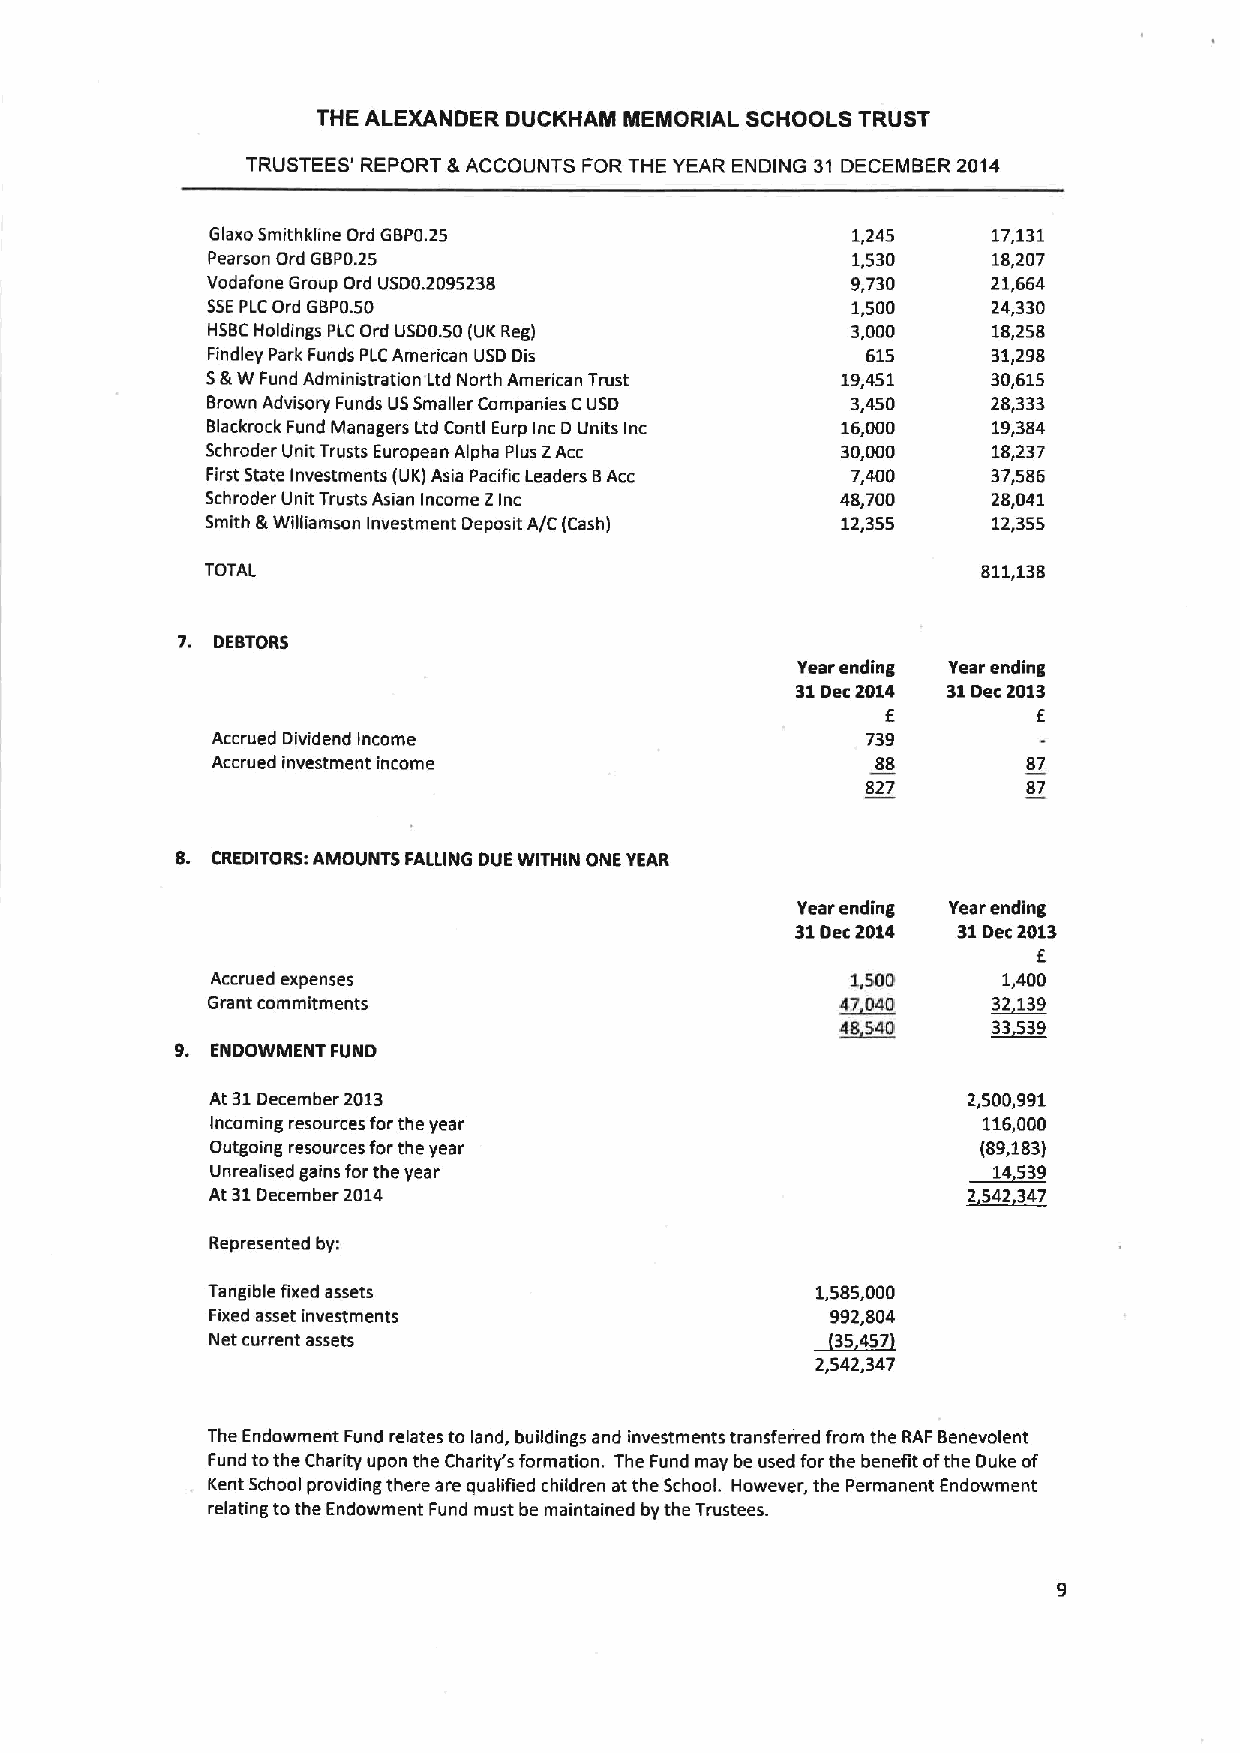
THE ALEXANDER DUCKHAM MEMORIAL SCHOOLS TRUST
 TRUSTEES' REPORT &ACCOUNTS FOR THE YEAR ENDING 31 DECEMBER 2014
 Glaxo Smithkiine Ord GBP0.25              1,245     17,131
 Pearson Ord GBP0.25                       1,530     18,207
 Vodafone Group Ord USD0.2095238           9,730     21,664
 SSEPLCOrd GBP0.50                         1,500     24,330
 HSBCHoldings PLC Ord USD0.50(UKReg)       3,000     18,258
 Findley Park Funds PLCAmerican USD Dis     615      31,298
 S&W Fund Administration Ltd North American Trust 19,451 30,615
 Brown Advisory Funds USSmaller Companies CUSD 3,450 28,333
 Blackrock Fund Managers Ltd Conti Eurp inc D Units inc 16,000 19,384
 Schroder Unit Trusts European Alpha Plus ZAcc 30,000 18,237
 First State Investments (UK) Asia Pacific Leaders 8Acc 7,400 37,586
 Schroder Unit Trusts Asian Income Z Inc   48,700    28,041
 Smith &Williamson Investment Deposit A/C (Cash) 12,355 12,355
 TOTAL                                              811,138
 7. DEBTORS
 Year ending Year ending
 31Dec2014 31Dec2013
 E         E
 Accrued Dividend Income                    739
 Accrued investment income                   88        87
 827        87
 8. CREDITORS:AMOUNTS FALLING DUE WITHIN ONE YEAR
 Year ending Year ending
 31Dec2014 31Dec2013
 E
 Accrued expenses                          1,500     1,400
 Grant commitments                         ~47040    ~32 139
 4~8540    3~3539
 9. ENDOWMENT FUND
 At 31December 2013                                2,500,991
 Incoming resources forthe year                     116,000
 Outgoing resources forthe year                     (89,183)
 Unrealised gains forthe year
 ~14539
 At 31December 2014                                ~2542 347
 Represented by:
 Tangible fixed assets                   1.585,000
 Fixed asset investments                  992,804
 Net current assets                      ~35457
 2,542,347
 The Endowment Fund relates to land, buildings and investments transferred from the RAF Benevolent
 Fund tothe Charity upon the Charity's formation. The Fund may be used forthe benefit ofthe Duke of
 Kent School providing there are qualified children at the School. However, the Permanent Endowment
 relating tothe Endowment Fund must be maintained by the Trustees.